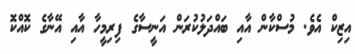
އިޒިކް އެވެ. މުސްކާން އާއި ބައްދަލުކުރަން އަނީސާގެ ފިރިމީހާ އާއި އޭނާގެ ކޮއްކޮ